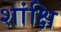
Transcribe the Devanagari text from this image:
शांक्षि